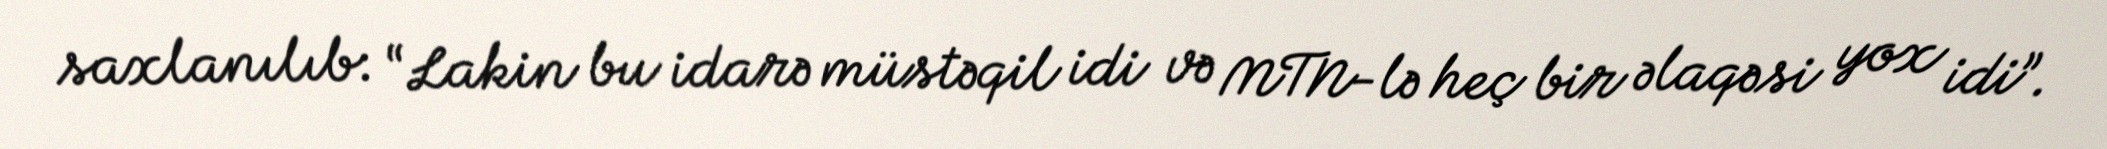
saxlanılıb: “Lakin bu idarə müstəqil idi və MTN-lə heç bir əlaqəsi yox idi”.